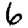
Digit: 6